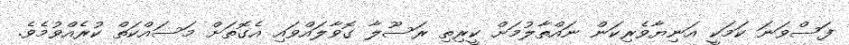
ފަސްވަނަ ކަމަކީ އަނިޔާވެރިކަން ނައްތާލުމަށް ކީރިތި ރަސޫލާ ގޮވާލައްވައި އެގޮތަށް މަސައްކަތް ކުރެއްވުމެވެ.